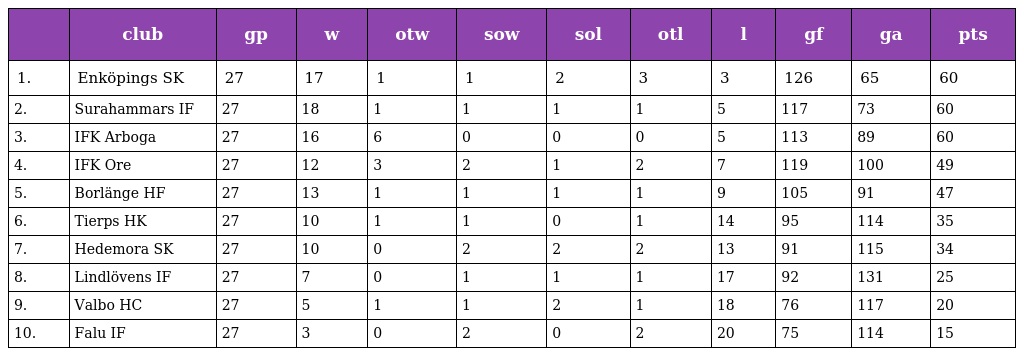
|  | club | gp | w | otw | sow | sol | otl | l | gf | ga | pts |
 | --- | --- | --- | --- | --- | --- | --- | --- | --- | --- | --- | --- |
 | 1. | Enköpings SK | 27 | 17 | 1 | 1 | 2 | 3 | 3 | 126 | 65 | 60 |
 | 2. | Surahammars IF | 27 | 18 | 1 | 1 | 1 | 1 | 5 | 117 | 73 | 60 |
 | 3. | IFK Arboga | 27 | 16 | 6 | 0 | 0 | 0 | 5 | 113 | 89 | 60 |
 | 4. | IFK Ore | 27 | 12 | 3 | 2 | 1 | 2 | 7 | 119 | 100 | 49 |
 | 5. | Borlänge HF | 27 | 13 | 1 | 1 | 1 | 1 | 9 | 105 | 91 | 47 |
 | 6. | Tierps HK | 27 | 10 | 1 | 1 | 0 | 1 | 14 | 95 | 114 | 35 |
 | 7. | Hedemora SK | 27 | 10 | 0 | 2 | 2 | 2 | 13 | 91 | 115 | 34 |
 | 8. | Lindlövens IF | 27 | 7 | 0 | 1 | 1 | 1 | 17 | 92 | 131 | 25 |
 | 9. | Valbo HC | 27 | 5 | 1 | 1 | 2 | 1 | 18 | 76 | 117 | 20 |
 | 10. | Falu IF | 27 | 3 | 0 | 2 | 0 | 2 | 20 | 75 | 114 | 15 |